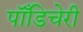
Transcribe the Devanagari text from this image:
पॉँडिचेरी